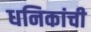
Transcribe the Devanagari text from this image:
धनिकांची